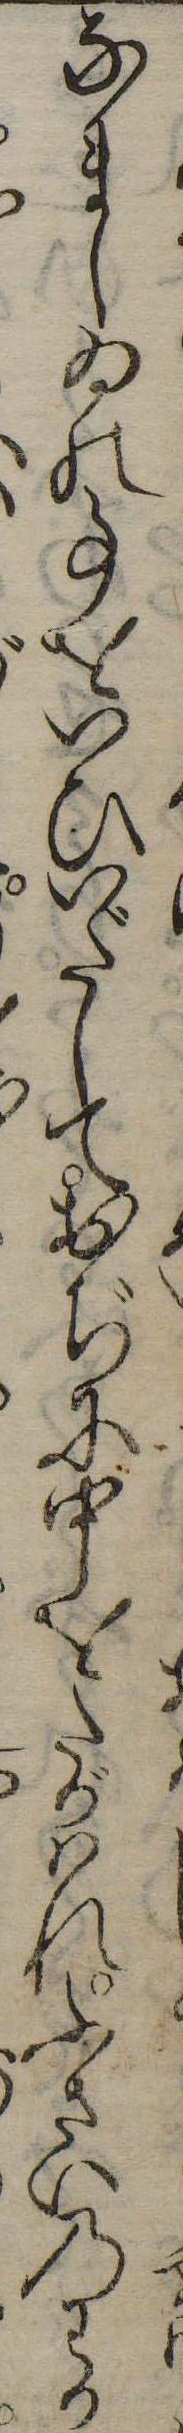
なましゐの事をいひいだしておぢに中をたがはれふさいのわか